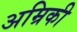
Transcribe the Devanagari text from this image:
अम्रिकी